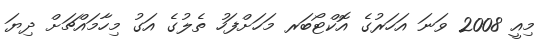
މިއީ 2008 ވަނަ އަހަރުގެ އޮކްޓޯބަރ މަހަށްފަހު ތެލުގެ އަގު މިހާމައްޗަށް ދިޔަ